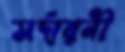
সর্দারনী